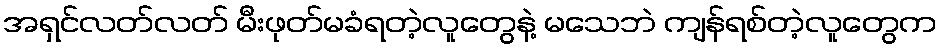
အရှင်လတ်လတ် မီးဖုတ်မခံရတဲ့လူတွေနဲ့ မသေဘဲ ကျန်ရစ်တဲ့လူတွေက